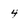
Character: 4